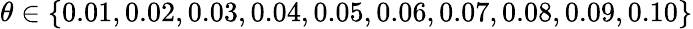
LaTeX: \theta\in\{ 0.01,0.02,0.03,0.04,0.05,0.06,0.07,0.08,0.09,0.10\}